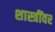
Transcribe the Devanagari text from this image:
शास्त्रींवर